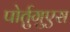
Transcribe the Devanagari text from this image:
पोर्तुगुएस